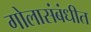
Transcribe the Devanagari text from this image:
गोलासंबंधीत